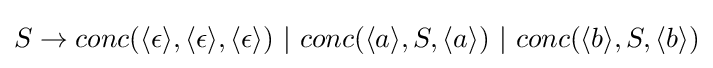
S\to conc(\langle \epsilon \rangle ,\langle \epsilon \rangle ,\langle \epsilon \rangle )~|~conc(\langle a\rangle ,S,\langle a\rangle )~|~conc(\langle b\rangle ,S,\langle b\rangle )